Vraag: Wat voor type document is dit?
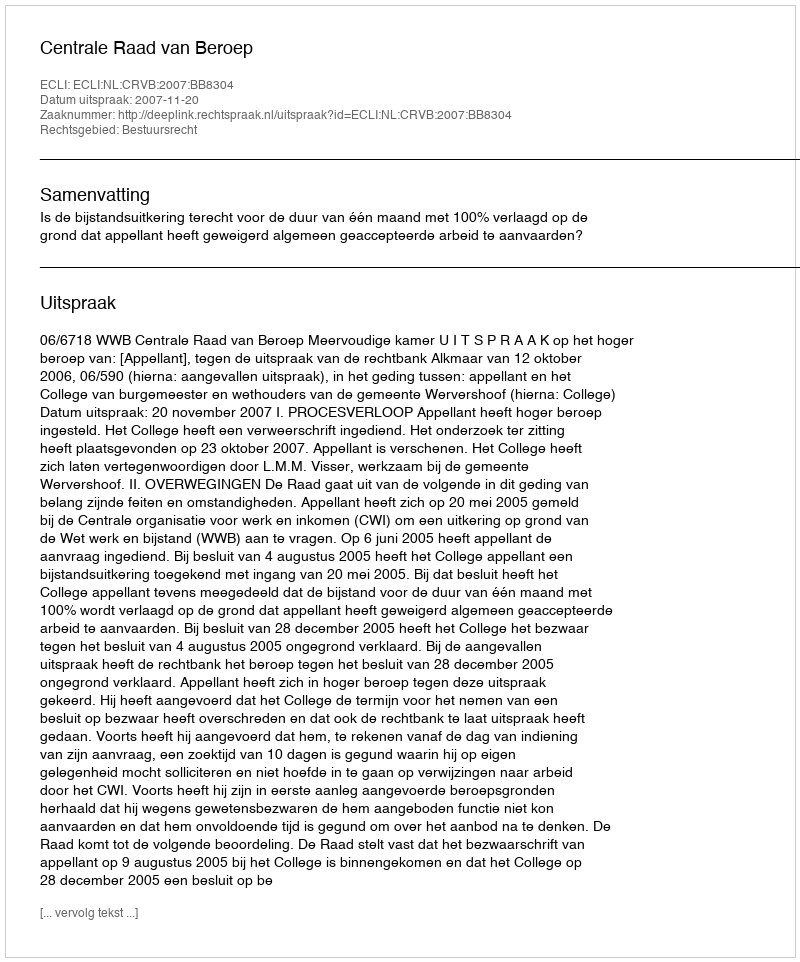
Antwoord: Uitspraak